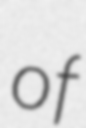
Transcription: of